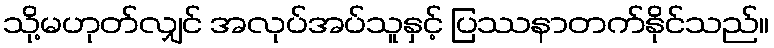
သို့မဟုတ်လျှင် အလုပ်အပ်သူနှင့် ပြဿနာတက်နိုင်သည်။